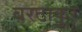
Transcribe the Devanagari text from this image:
बरठाकुर